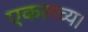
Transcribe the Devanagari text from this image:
एकलव्य।